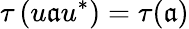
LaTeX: \tau\left(u\mathfrak{a}u^{*}\right)=\tau(\mathfrak{a})